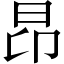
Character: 昂